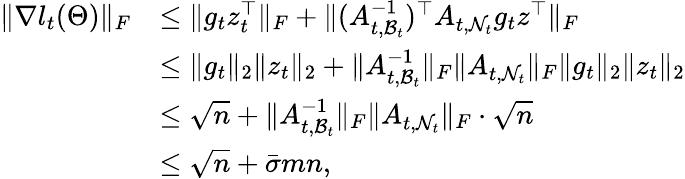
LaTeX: \begin{array}{rl}{\| \nabla l_{t}(\Theta)\| _{F}}&{\leq\| g_{t}z_{t}^{\top}\| _{F}+\| ({A}_{t,\mathcal{B}_{t}}^{-1})^{\top}{A}_{t,\mathcal{N}_{t}}{g}_{t}{z}^{\top}\| _{F}}\\ &{\leq\| g_{t}\| _{2}\| z_{t}\| _{2}+\| {A}_{t,\mathcal{B}_{t}}^{-1}\| _{F}\| {A}_{t,\mathcal{N}_{t}}\| _{F}\| g_{t}\| _{2}\| z_{t}\| _{2}}\\ &{\leq\sqrt{n}+\| {A}_{t,\mathcal{B}_{t}}^{-1}\| _{F}\| {A}_{t,\mathcal{N}_{t}}\| _{F}\cdot\sqrt{n}}\\ &{\leq\sqrt{n}+\bar{\sigma}mn,}\end{array}